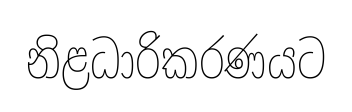
නිළධාරිකරණයට